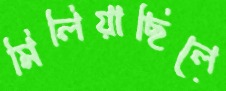
মিলিয়াছিলে